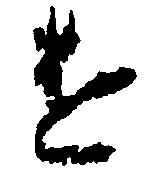
け